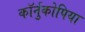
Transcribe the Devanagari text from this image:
कॉर्नुकोपिया